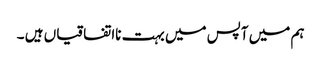
ہم میں آپس میں بہت نااتفاقیاں ہیں ۔